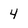
Character: 4